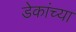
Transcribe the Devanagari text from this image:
डेकांच्या